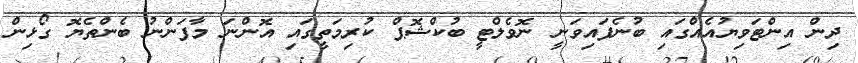
ދިން އިންޓަވިޔުއެއްގައި ބުނެފައިވަނީ ނޮވެލްޓީ ބުކްޝޮޕް ކުރިމަތީގައި އޮންނަ މާފަންނު ބެންތެޔޮ ގޯޅިން